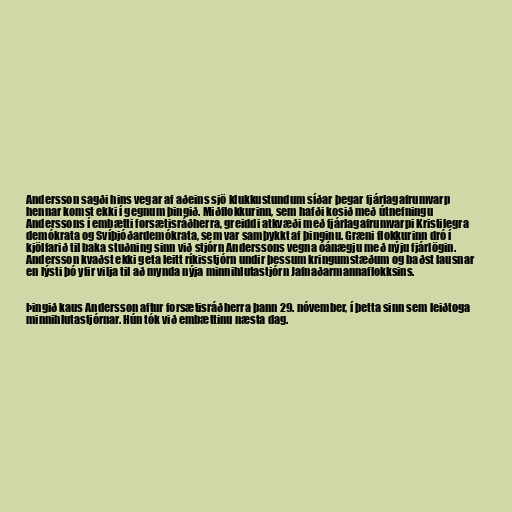
Andersson sagði hins vegar af aðeins sjö klukkustundum síðar þegar fjárlagafrumvarp
hennar komst ekki í gegnum þingið. Miðflokkurinn, sem hafði kosið með útnefningu
Anderssons í embætti forsætisráðherra, greiddi atkvæði með fjárlagafrumvarpi Kristilegra
demókrata og Svíþjóðardemókrata, sem var samþykkt af þinginu. Græni flokkurinn dró í
kjölfarið til baka stuðning sinn við stjórn Anderssons vegna óánægju með nýju fjárlögin.
Andersson kvaðst ekki geta leitt ríkisstjórn undir þessum kringumstæðum og baðst lausnar
en lýsti þó yfir vilja til að mynda nýja minnihlutastjórn Jafnaðarmannaflokksins.

Þingið kaus Andersson aftur forsætisráðherra þann 29. nóvember, í þetta sinn sem leiðtoga
minnihlutastjórnar. Hún tók við embættinu næsta dag.